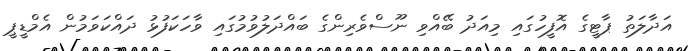
އަދާލަތު ޕާޓީގެ އޮފީހުގައި މިއަދު ބޭއްވި ނޫސްވެރިންގެ ބައްދަލުވުމުގައި ވާހަކަފުޅު ދައްކަވަމުން އެމްޑީޕީ